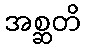
အစ္ဆတိ